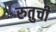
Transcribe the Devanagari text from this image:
रुतुची